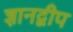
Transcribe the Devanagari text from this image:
ज्ञानद्वीप